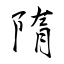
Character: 隋